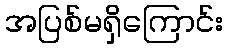
အပြစ်မရှိကြောင်း